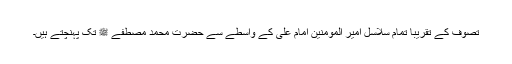
تصوف کے تقریباً تمام سلاسل امیر المومنین امام علیؓ کے واسطے سے حضرت محمد مصطفےٰ ﷺ تک پہنچتے ہیں۔